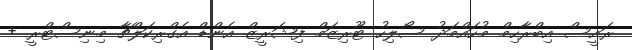
ރައީސް އިބްރާހިމް މުހައްމަދު ސޯލިހު ޓޫރިޒަމް ފިޝަރީޒް އެންޑް އެގްރިކަލްޗާ މިނިސްޓްރީ +